Vabadussoja_Ajaloo_Komitee, lk 92
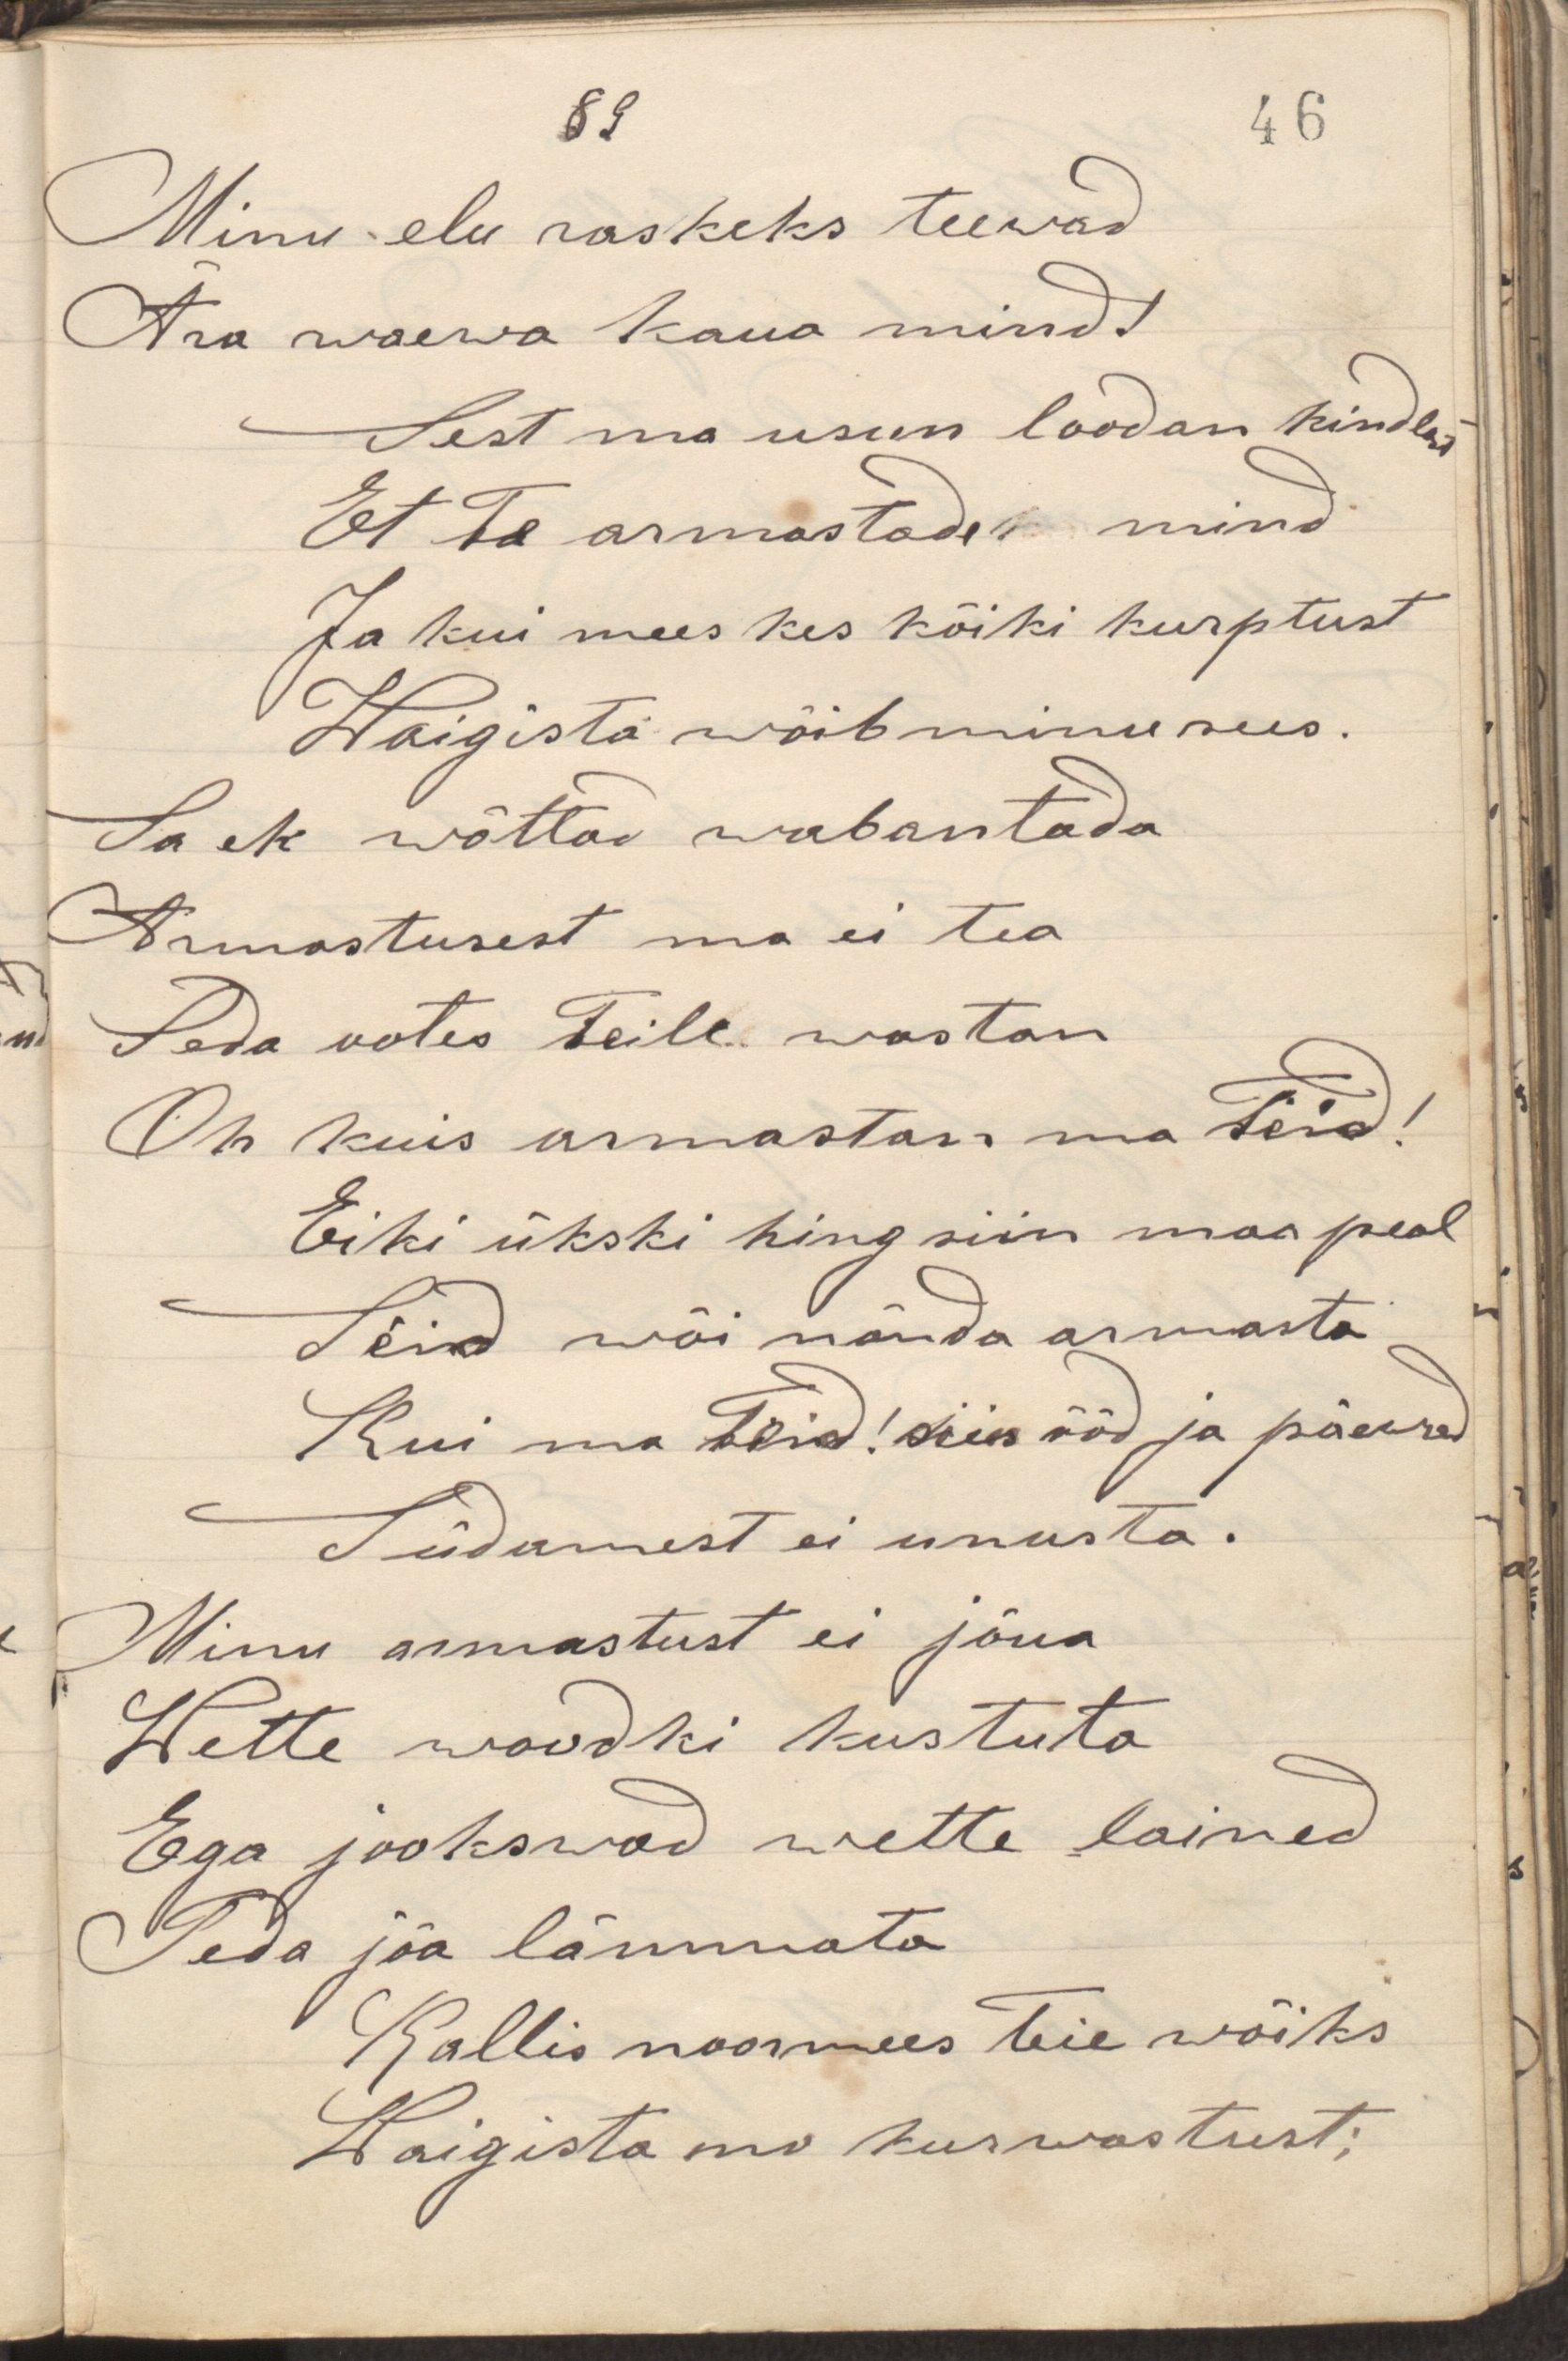
Minu elu raskeks teewad
Ära waewa kaua mind!
Sest ma usun loodan kindlast
Et Te armastanud mind
Ja kui mees kes kõiki kurptust
Waigista wõib minu sees.
Sa ek wõtta wabantada
Armastusest ma ei tea
Seda ootes Teile wastan
Oh kuis armastan ma Teid!
Eiki ükski hing siin maa peal
Sind wõi nõnda armasta
Kui ma Teid! siin ööd ja päewad
Südamest ei armasta.
Minu armastust ei jõua
Wette waudki kustuta
Ega jookswad wette lained
Teda jõa lämmata
Kallis noormees Teie wõiks
Waigista mo kurwastust;